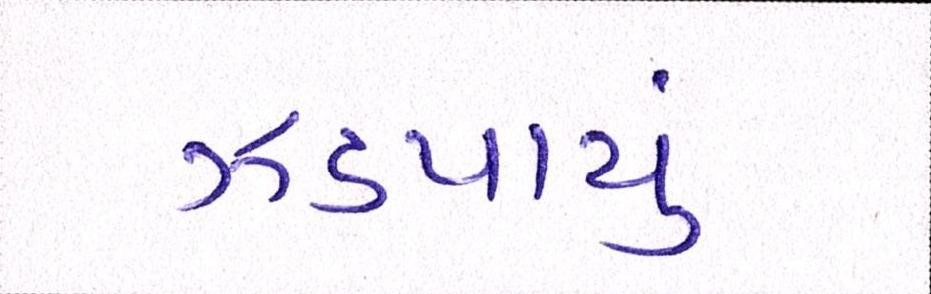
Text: ઝડપાયું